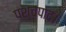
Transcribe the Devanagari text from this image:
पश्चपाद।